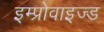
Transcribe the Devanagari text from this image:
इम्प्रोवाइज्ड